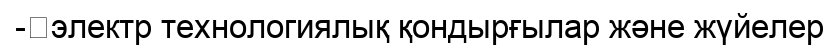
-	электр технологиялық қондырғылар және жүйелер